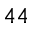
4 4